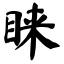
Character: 睐